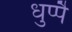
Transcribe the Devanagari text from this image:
धुप्पै